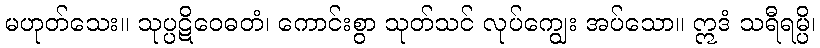
မဟုတ်သေး။ သုပ္ပဋိဝေဓတံ၊ ကောင်းစွာ သုတ်သင် လုပ်ကျွေး အပ်သော။ ဣဒံ သရီရမ္ပိ၊